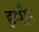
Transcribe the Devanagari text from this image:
हथौर